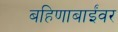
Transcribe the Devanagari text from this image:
बहिणाबाईंवर